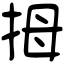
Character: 拇